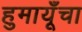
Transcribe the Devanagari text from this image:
हुमायूँचा